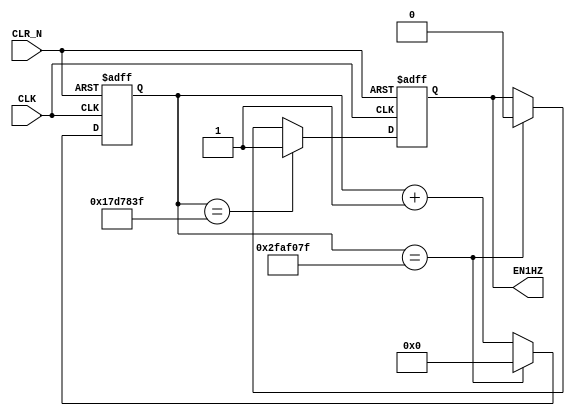
module CLK1HZ(
    input CLK,
    input CLR_N,
    output reg EN1HZ
);

parameter CLK_HZ = 50_000_000;

reg [25:0] cnt;

always @(posedge CLK or negedge CLR_N) begin
    if (~CLR_N)
        cnt <= 26'b0;
    else if (cnt == CLK_HZ - 1)
        cnt <= 26'b0;
    else
        cnt <= cnt + 26'b1;
end

always @(posedge CLK or negedge CLR_N) begin
    if (~CLR_N)
        EN1HZ <= 1'b0;
    else if (cnt == (CLK_HZ / 2) - 1)
        EN1HZ <= 1'b1;
    else if (cnt == CLK_HZ - 1)
        EN1HZ <= 1'b0;
end

endmodule